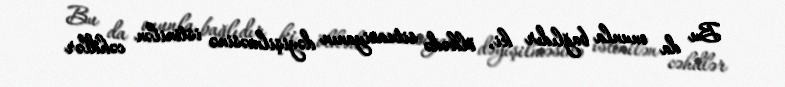
Bu da onunla bağlıdır ki, ölkədə situasiyanın dəyişilməsinə istinilən cəhdlər